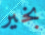
بخير